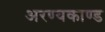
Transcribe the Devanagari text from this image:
अरण्‍यकाण्‍ड